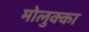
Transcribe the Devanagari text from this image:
मोलुक्का